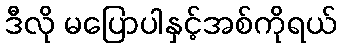
ဒီလို မပြောပါနှင့်အစ်ကိုရယ်